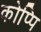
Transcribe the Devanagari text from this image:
कोप्पि